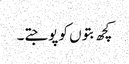
کچھ بتوں کو پوجتے۔